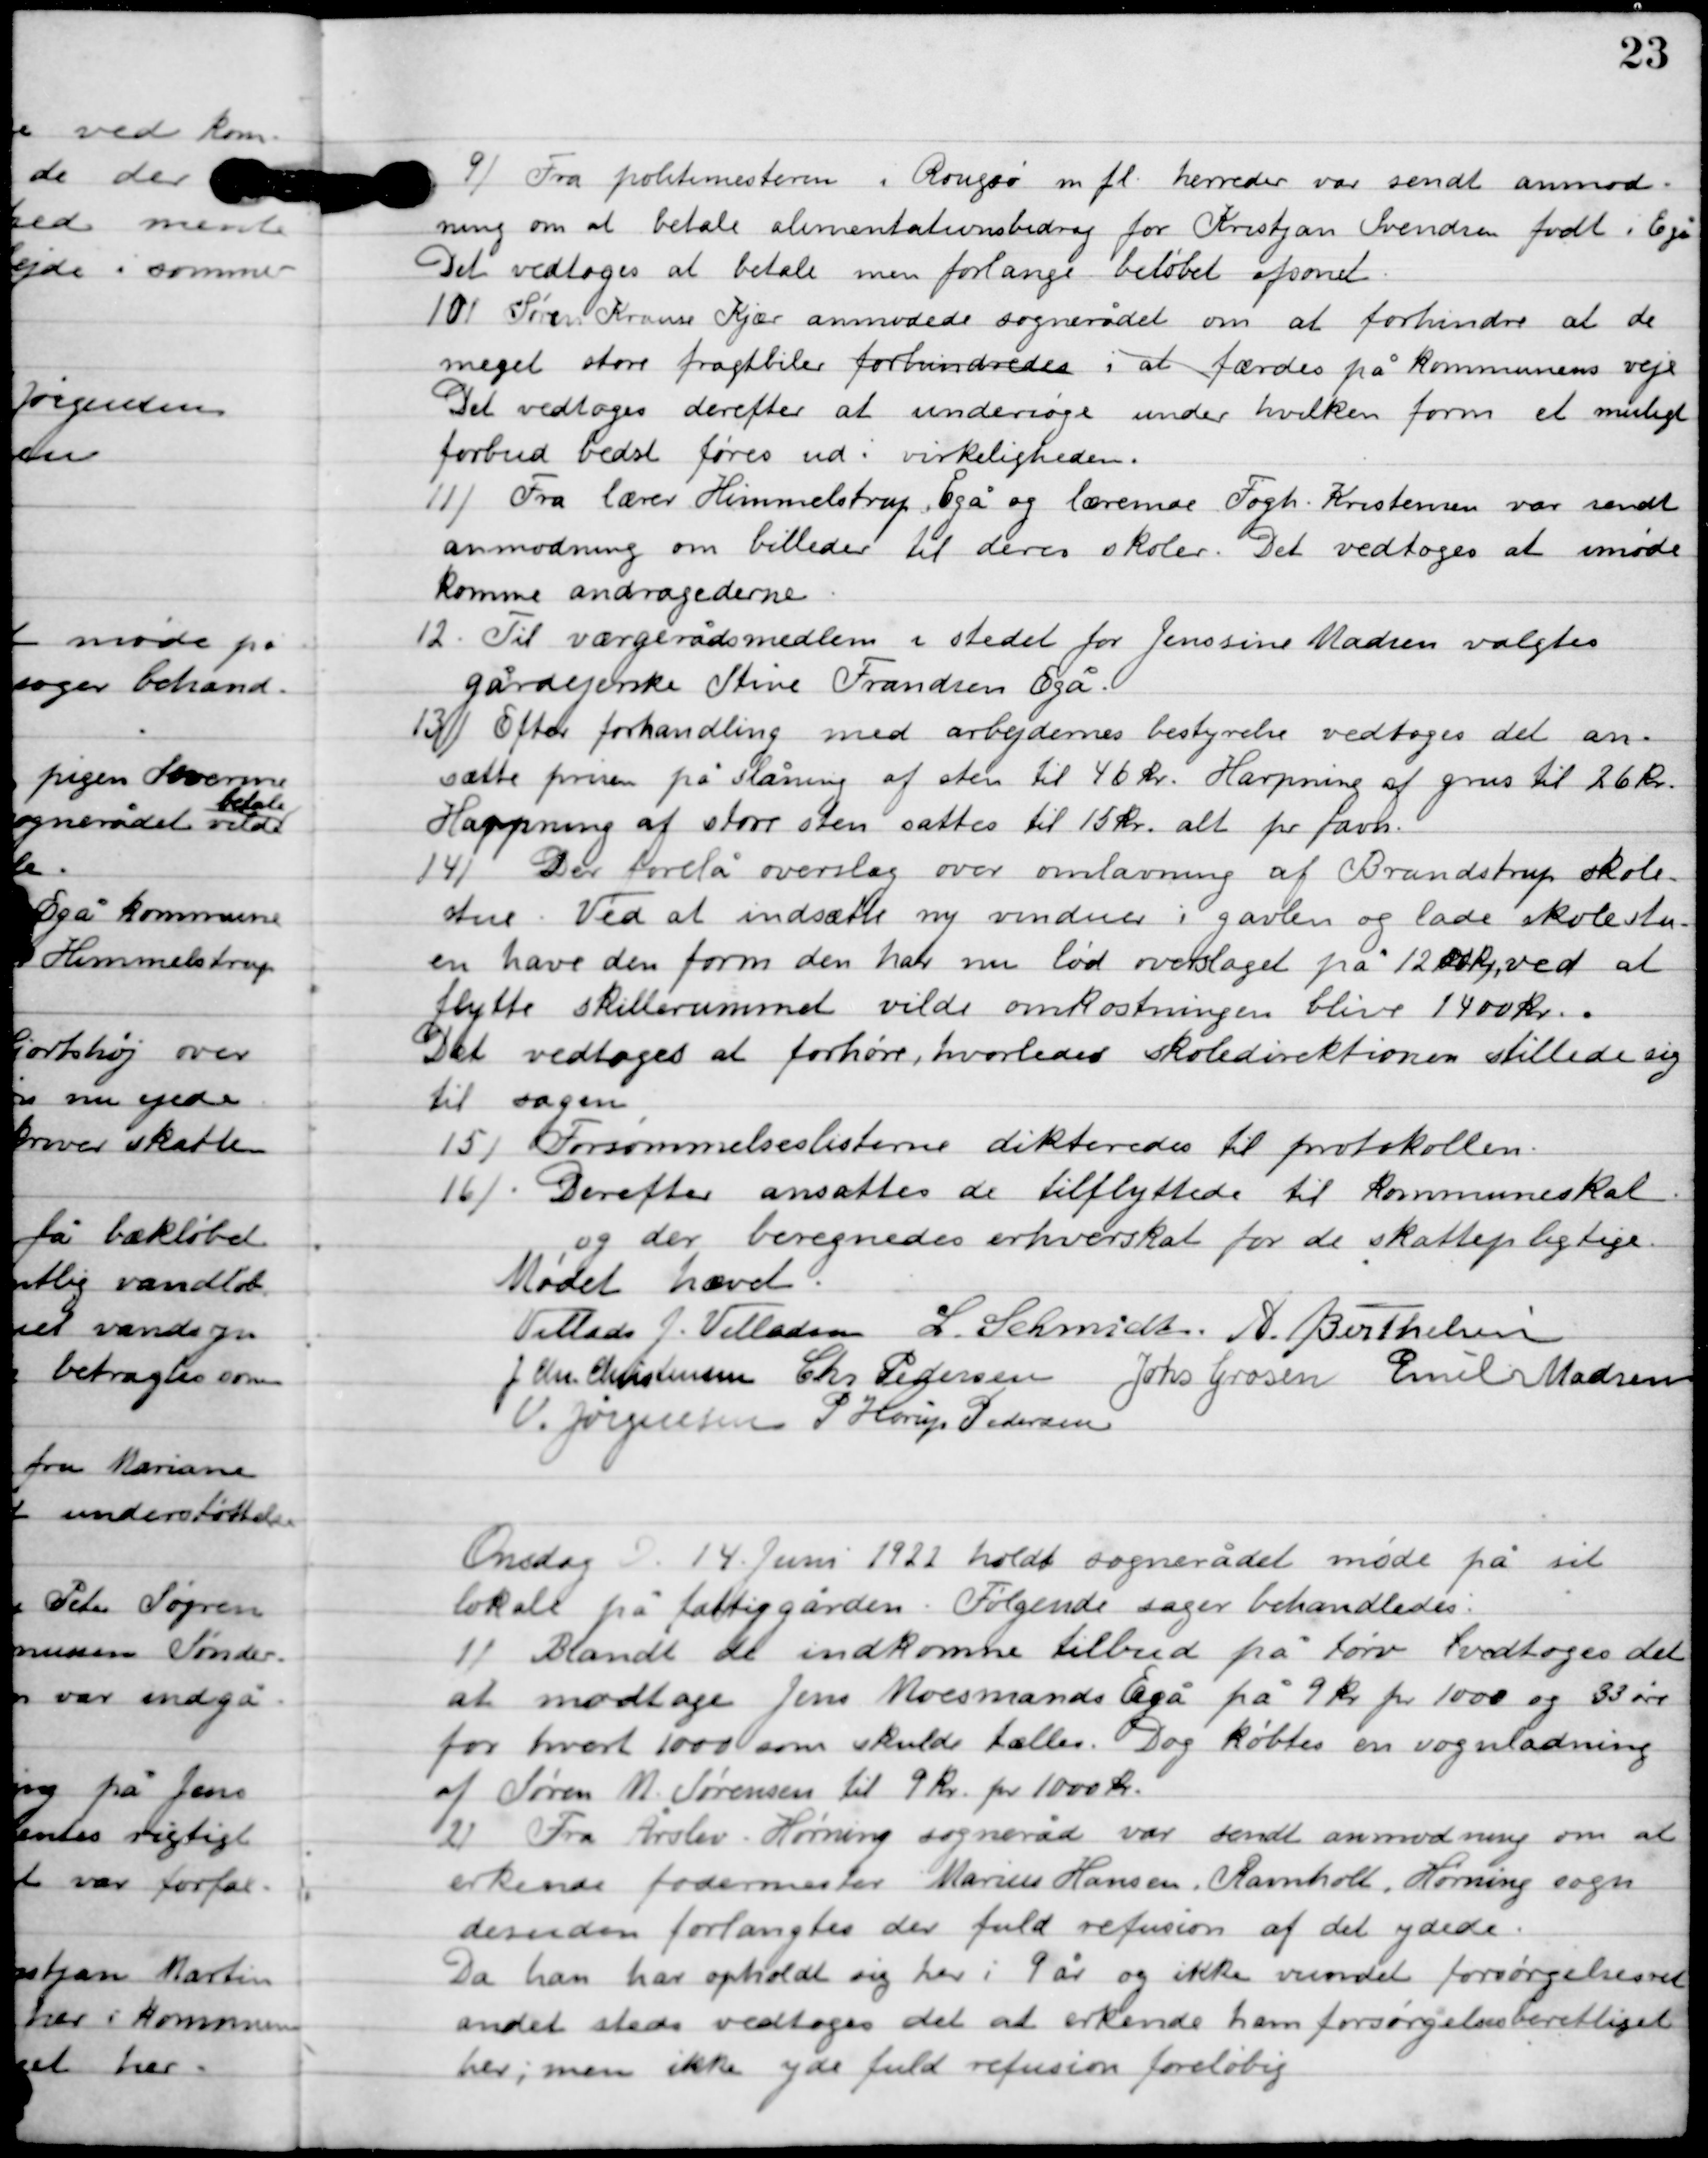
Transskription:
9

Fra politimesteren i Rougsø m. fl. herreder var sendt anmod-
ning om at betale alimentationsbidrag for Kristjan Svendsen født i Egå.
Det vedtoges at betale men forlange beløbet afsonet.

10

Søren Krause Kjær anmodede sognerådet om at forhindre at de
meget store fragtbiler forhindredes i at færdes på Kommunens veje.
Det vedtoges derefter at undersøge under hvilken form et muligt
forbud bedst føres ud i virkeligheden.

11

Fra lærer Himmelstrup Egå og lærerne Fogh Kristensen var sendt
anmodning om billeder til deres skoler. Det vedtoges at imøde-
komme andragenderne.

12

Til værgerådsmedlem i stedet for Jensine Madsen valgtes
gårdejerenke Stine Frandsen Egå.

13

Efter forhandling med arbejdernes bestyrelse vedtoges det an-
sætte prisen på slåning af sten til 46 kr. harpning af grus til 26 kr.
Harpning at stor sten sættes til 15 kr. alt pr favn.

14

Der forelå overslag over omlavning af Brandstrup skole-
stue. Ved at indsætte ny vinduer i gavlen og lade skolestu-
en have den form den har nu lød overslaget på 1200 kr. ved at
flytte skillerummet vilde omkostningen blive 1400 kr.
Det vedtoges at forhøre, hvorledes skoledirektionen stillede sig
til sagen.

15

Forsømmelseslisterne dikteredes til protokollen.

16

Derefter ansattes de tilflyttede til kommuneskat
og der beregnedes erhvervsskat for de skattepligtige.

Mødet hævet

Villads J. Villadsen
L. Schmidt
A. Berthelsen
I. Chr. Christensen
Chr. Pedersen
Johs. Grosen
Emil Madsen
V. Jørgensen
P. Henry Pedersen

Onsdag D. 14. juni 1922 holdt sognerådet møde på sit
lokale på fattiggården. Følgende sager behandles.

1

Blandt de indkomne tilbud på tørv vedtoges det
at modtage Jens Moesmands Egå på 9 kr. pr. 1000 og 33 øre
for hvert 1000 som skulde tælles. Dog købtes en vognladning
af Søren M. Sørensen til 9 kr. for 1000 kr.

2

Fra Årslev Hørning sogneråd var sendt anmodning om at
erkende fodermester Marius Hansen, Ravnholt. Hørning sogn
desuden forlangtes der fuld refusion af det ydede.
Da han har opholdt sig her i 9 år og ikke vundet forøgelsesret
andet steds vedtoges det at erkende ham forsørgelsesberettiget
her; men ikke yde fuld refusion foreløbig